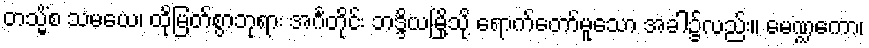
တသ္မိံစ သမယေ၊ ထိုမြတ်စွာဘုရား အင်္ဂတိုင်း ဘဒ္ဒိယမြို့သို့ ရောက်တော်မူသော အခါ၌လည်း။ မေဏ္ဍကော၊